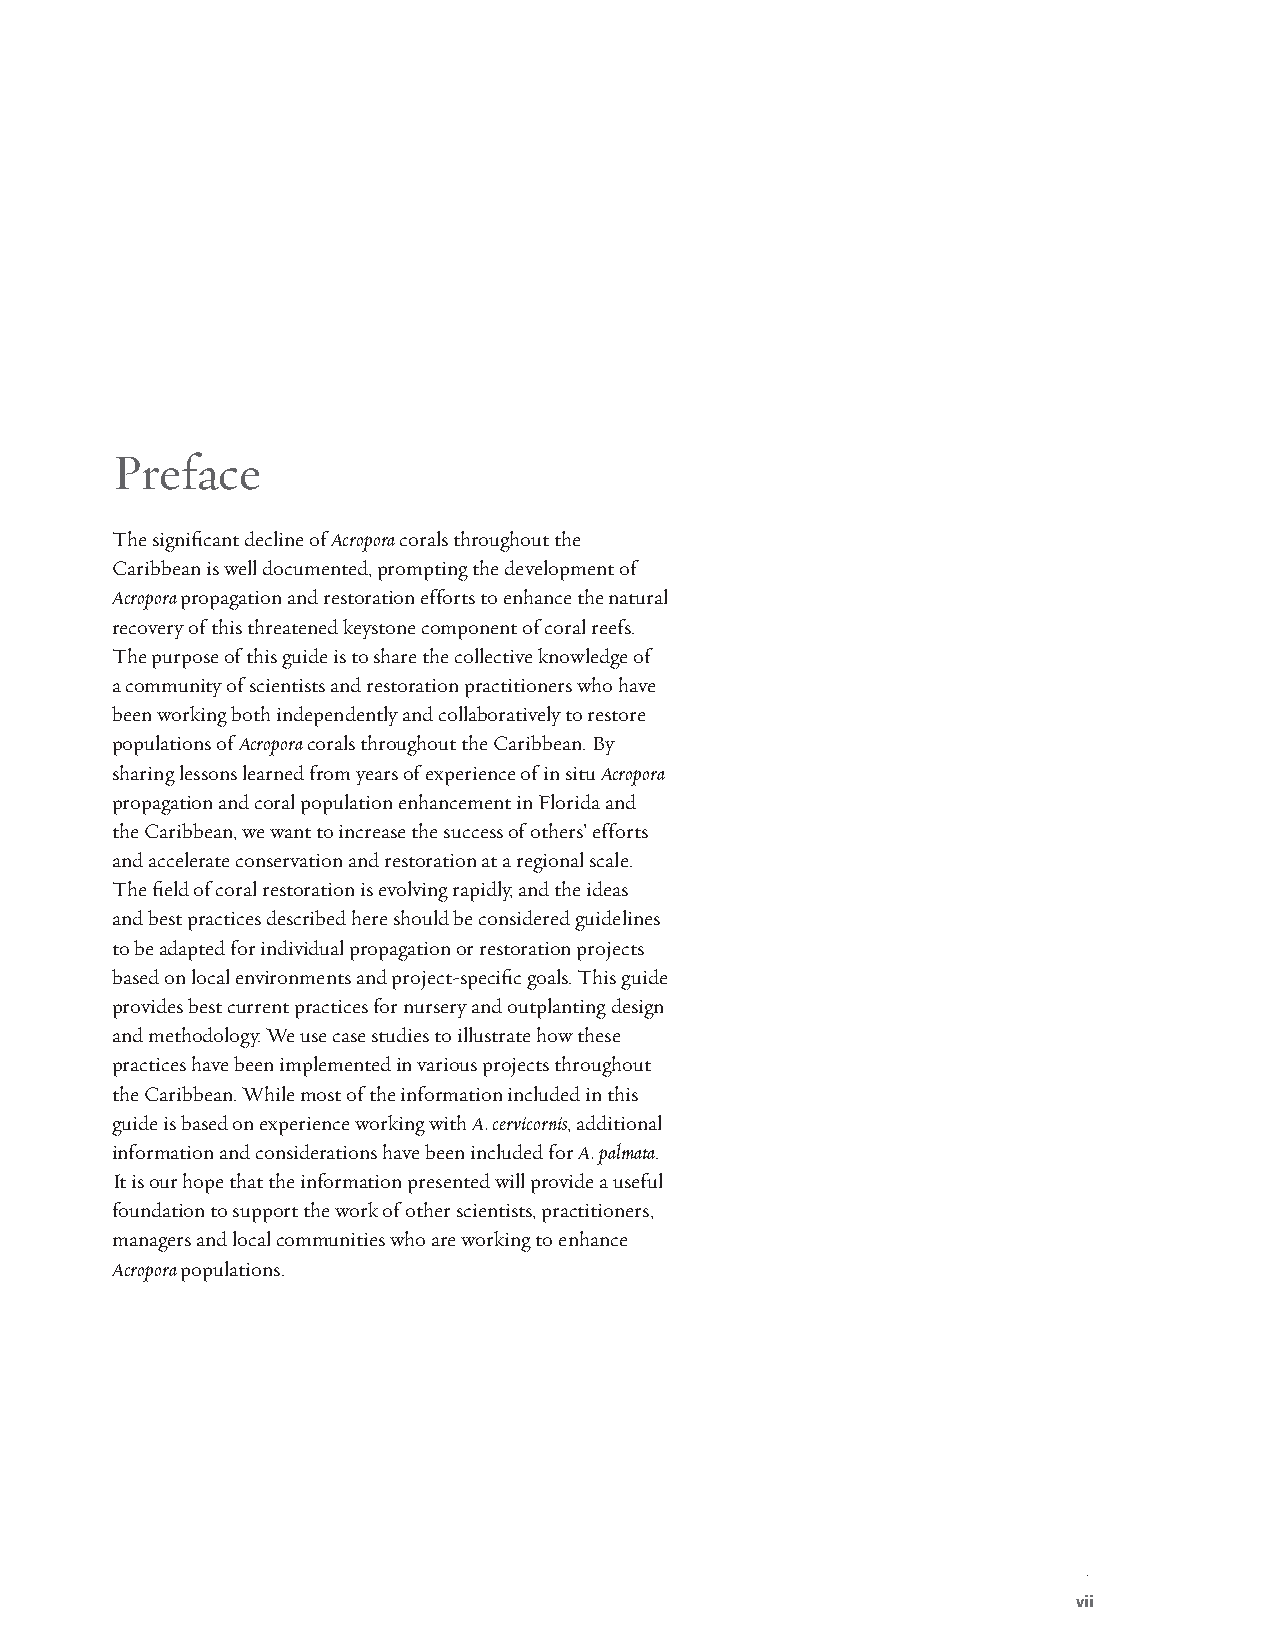
Preface
 The significant decline of Acropora corals throughout the
 Caribbean is well documented, prompting the development of
 Acropora propagation and restoration efforts to enhance the natural
 recovery of this threatened keystone component of coral reefs.
 The purpose of this guide is to share the collective knowledge of
 a community of scientists and restoration practitioners who have
 been working both independently and collaboratively to restore
 populations of Acropora corals throughout the Caribbean. By
 sharing lessons learned from years of experience of in situ Acropora
 propagation and coral population enhancement in Florida and
 the Caribbean, we want to increase the success of others’ efforts
 and accelerate conservation and restoration at a regional scale.
 The field of coral restoration is evolving rapidly, and the ideas
 and best practices described here should be considered guidelines
 to be adapted for individual propagation or restoration projects
 based on local environments and project-specific goals. This guide
 provides best current practices for nursery and outplanting design
 and methodology. We use case studies to illustrate how these
 practices have been implemented in various projects throughout
 the Caribbean. While most of the information included in this
 guide is based on experience working with A. cervicornis, additional
 information and considerations have been included for A. palmata.
 It is our hope that the information presented will provide a useful
 foundation to support the work of other scientists, practitioners,
 managers and local communities who are working to enhance
 Acropora populations.
 vii